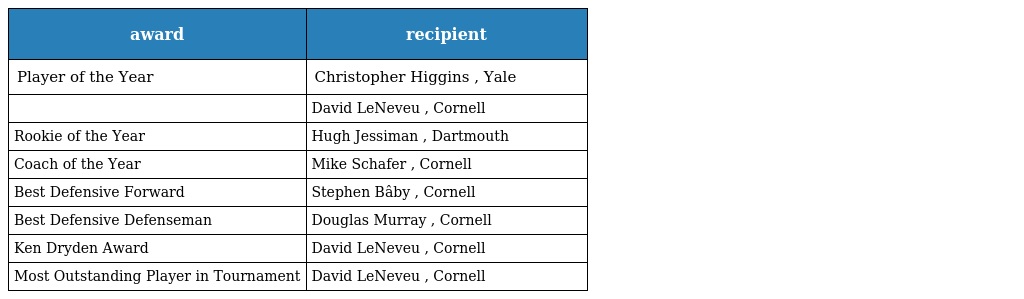
| award | recipient |
 | --- | --- |
 | Player of the Year | Christopher Higgins , Yale |
 |  | David LeNeveu , Cornell |
 | Rookie of the Year | Hugh Jessiman , Dartmouth |
 | Coach of the Year | Mike Schafer , Cornell |
 | Best Defensive Forward | Stephen Bâby , Cornell |
 | Best Defensive Defenseman | Douglas Murray , Cornell |
 | Ken Dryden Award | David LeNeveu , Cornell |
 | Most Outstanding Player in Tournament | David LeNeveu , Cornell |